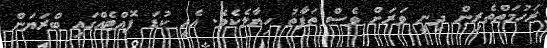
ރަހުމަތްތެރިން ދިނީ ވަރަށް ވެސް ތަފާތު ހިޔާލެކެވެ. އެއީ ކުޑަ ފޮއްޓެއްގައި ބްރަޔަން